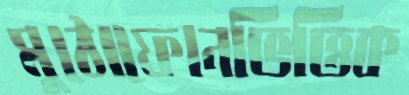
মুঠোফোনভিত্তিক